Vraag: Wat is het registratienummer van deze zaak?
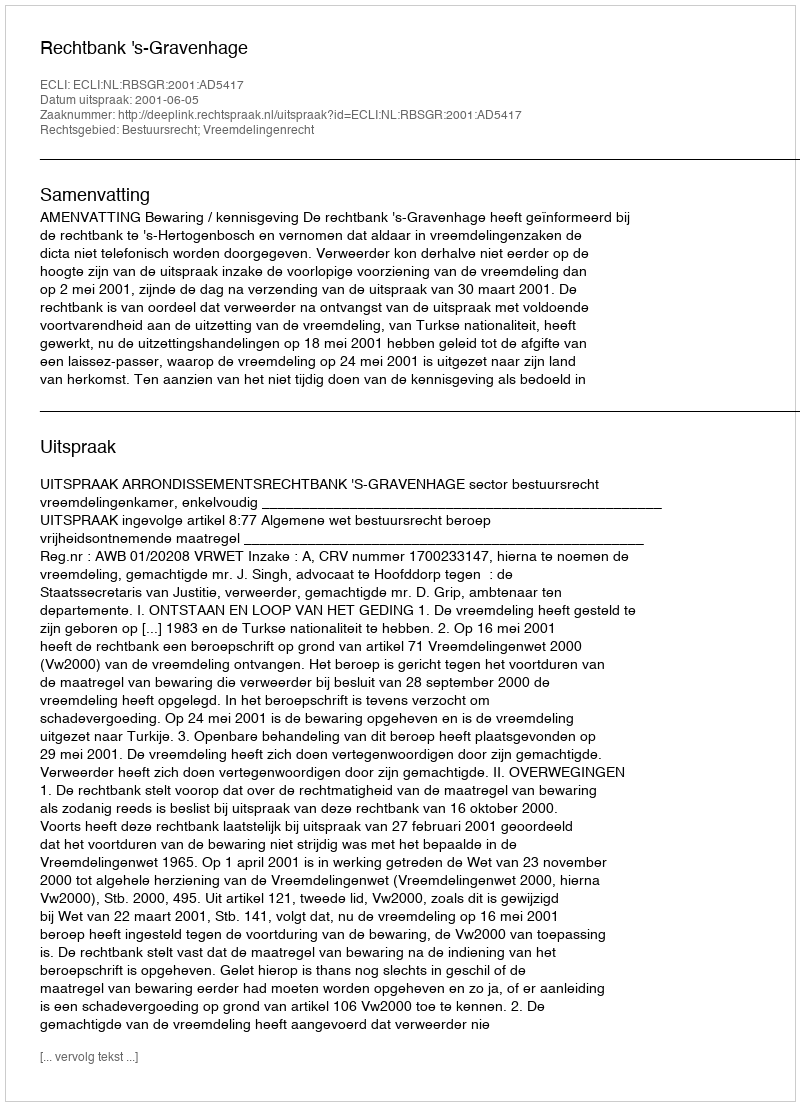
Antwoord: http://deeplink.rechtspraak.nl/uitspraak?id=ECLI:NL:RBSGR:2001:AD5417